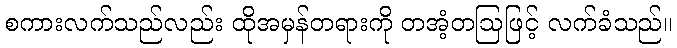
စကားလက်သည်လည်း ထိုအမှန်တရားကို တအံ့တဩဖြင့် လက်ခံသည်။